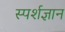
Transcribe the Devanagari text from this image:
स्‍पर्शज्ञान